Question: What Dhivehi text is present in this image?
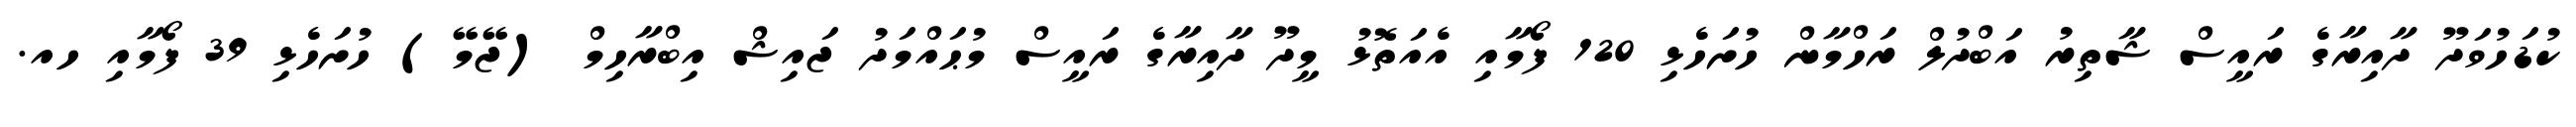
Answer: ކުޑަހުވަދޫ ދާއިރާގެ ރައީސް ޝާތިރު އަބްދުލް ރަހްމާން ހުށަހެޅި 120 ފޯމާއި އެއަތޮޅު މީދޫ ދާއިރާގެ ރައީސް މުޙައްމަދު ޖައިޝް އިބްރާހިމް (ޖޭމޭ) ހުށަހެޅި 39 ފޯމާއި ހއ.